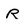
Character: r